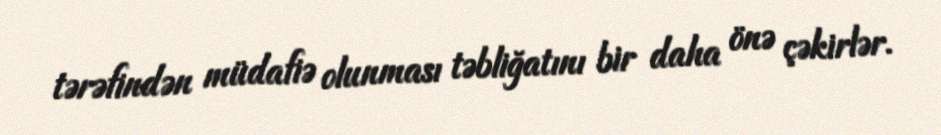
tərəfindən müdafiə olunması təbliğatını bir daha önə çəkirlər.